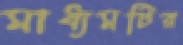
মাধ্যমটির